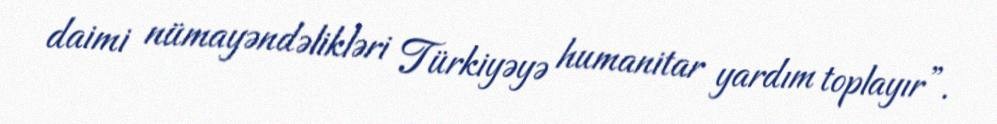
daimi nümayəndəlikləri Türkiyəyə humanitar yardım toplayır”.